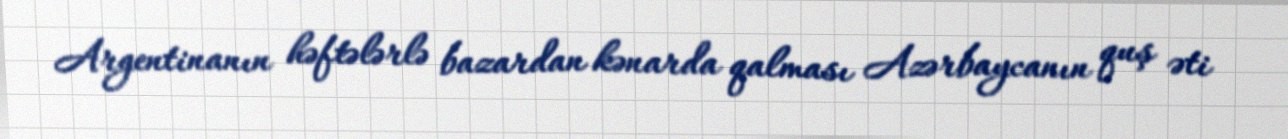
Argentinanın həftələrlə bazardan kənarda qalması Azərbaycanın quş əti